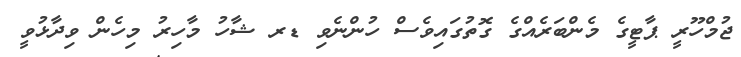
ޖުމްހޫރީ ޕާޓީގެ މެންބަރެއްގެ ގޮތުގައިވެސް ހުންނެވި ޑރ ޝާހު މާހިރު މިހެން ވިދާޅުވީ